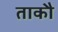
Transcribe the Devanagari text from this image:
ताकौ